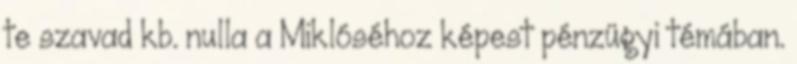
te szavad kb. nulla a Miklóséhoz képest pénzügyi témában.